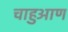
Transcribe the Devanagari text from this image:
चाहुआण